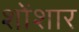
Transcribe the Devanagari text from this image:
शोंशार